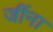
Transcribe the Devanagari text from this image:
जींना